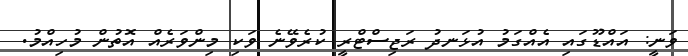
ވަނީ: އައްޑޫގައި އެއްގަމު އުޅަނދު ރަޖިސްޓްރީ ކުރެވޭނެ ވަކި މިންވަރެއް އޮތުން މުހިއްމު.